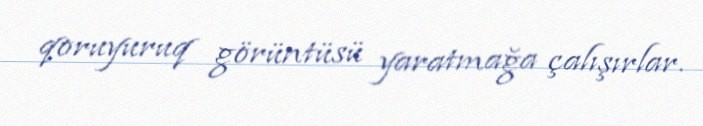
qoruyuruq görüntüsü yaratmağa çalışırlar.